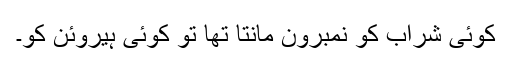
کوئی شراب کو نمبرون مانتا تھا تو کوئی ہیروئن کو۔